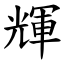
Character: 輝